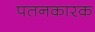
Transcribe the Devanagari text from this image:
पतनकारक